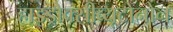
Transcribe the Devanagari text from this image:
हाइड्रोक्सीब्यूटोनोन